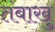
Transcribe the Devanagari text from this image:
तंबाखु